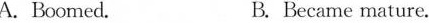
A.Boomed. B. Became mature.